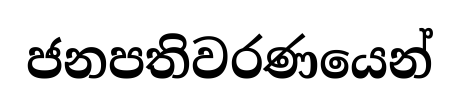
ජනපතිවරණයෙන්